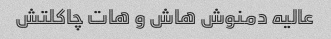
عالیه دمنوش هاش و هات چاکلتش